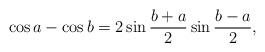
LaTeX: \begin{align*}\cos a-\cos b=2 \sin \frac{b+a}{2} \sin\frac{b-a}{2}, \end{align*}